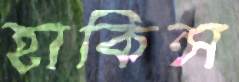
হাকিন্স